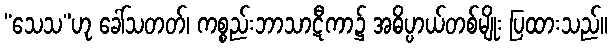
“သေသ”ဟု ခေါ်သတတ်၊ ကစ္စည်းဘာသာဋီကာ၌ အဓိပ္ပာယ်တစ်မျိုး ပြထားသည်။